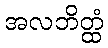
အလဘိတ္ထံ